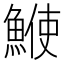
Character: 𩸲